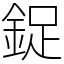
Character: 鋜